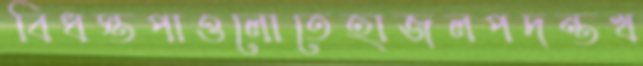
বিধস্তপাওলোতেহাজলপদন্তখ